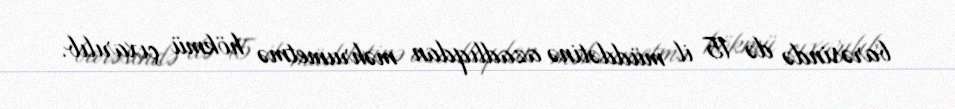
barəsində də 15 il müddətinə azadlıqdan məhrumetmə hökmü çıxarılıb.